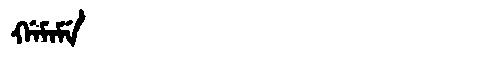
Manchu: ᡤᠠᠮᠠᠮᡝ
Romanization: GAMAME